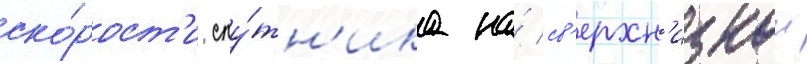
ско́рост'и спу́тн'ика на́ св'ерхн'изкои